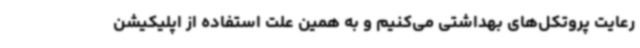
رعایت پروتکل‌های بهداشتی می‌کنیم و به همین علت استفاده از اپلیکیشن